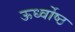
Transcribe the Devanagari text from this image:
ऊर्ध्वोष्ठ